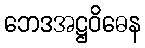
ဘေဒအဋ္ဌဝိဓေန